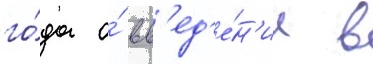
го́да о́ вв'ед'е́н'ии в